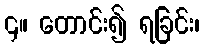
၄။ တောင်း၍ ရခြင်း၊